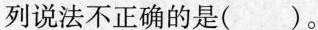
列说法不正确的是()。